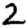
Digit: 2